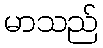
မာသည်